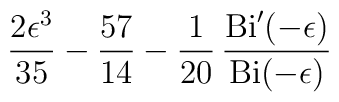
{{2\epsilon^3}\over{35}} - {{57}\over{14}} - {1\over{20}}\,{{{\rm Bi}'(-\epsilon)}\over{{\rm Bi}(-\epsilon)}}